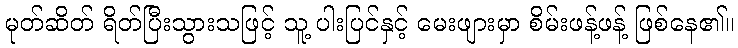
မုတ်ဆိတ် ရိတ်ပြီးသွားသဖြင့် သူ့ ပါးပြင်နှင့် မေးဖျားမှာ စိမ်းဖန့်ဖန့် ဖြစ်နေ၏။